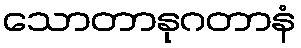
သောတာနုဂတာနံ